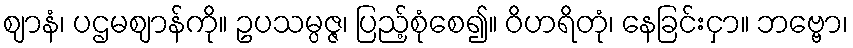
ဈာနံ၊ ပဌမဈာန်ကို။ ဥပသမ္ပဇ္ဇ၊ ပြည့်စုံစေ၍။ ဝိဟရိတုံ၊ နေခြင်းငှာ။ ဘဗ္ဗော၊